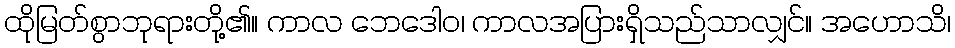
ထိုမြတ်စွာဘုရားတို့၏။ ကာလ ဘေဒေါဝ၊ ကာလအပြားရှိသည်သာလျှင်။ အဟောသိ၊